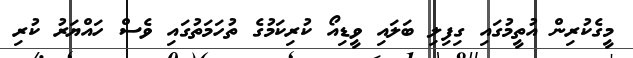
މީގެކުރިން އުތީމުގައި ގިފިލި ބަލައި ވީޑިއޯ ކުރިކަމުގެ ތުހަމަތުގައި ވެސް ހައްޔަރު ކުރި